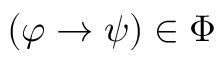
( \varphi \to \psi ) \in \Phi